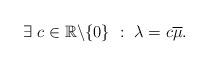
LaTeX: \begin{align*} \exists ~ c \in \mathbb{R} \backslash \{0\} \ : \ \lambda = c \overline{\mu}. \end{align*}